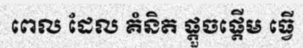
ពេល ដែល គំនិត ផ្តួចផ្តើម ធ្វើ